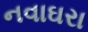
નવાઘરા